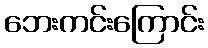
ဘေးကင်းကြောင်း